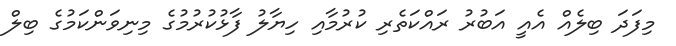
މިފަދަ ބިލެއް އެއީ އަބުރު ރައްކަތެރި ކުރުމާއި ހިޔާލު ފާޅުކުރުމުގެ މިނިވަންކަމުގެ ބިލް